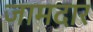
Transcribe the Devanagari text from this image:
जामदार